Jaan_Tonisson_(Lasteleht), lk 482
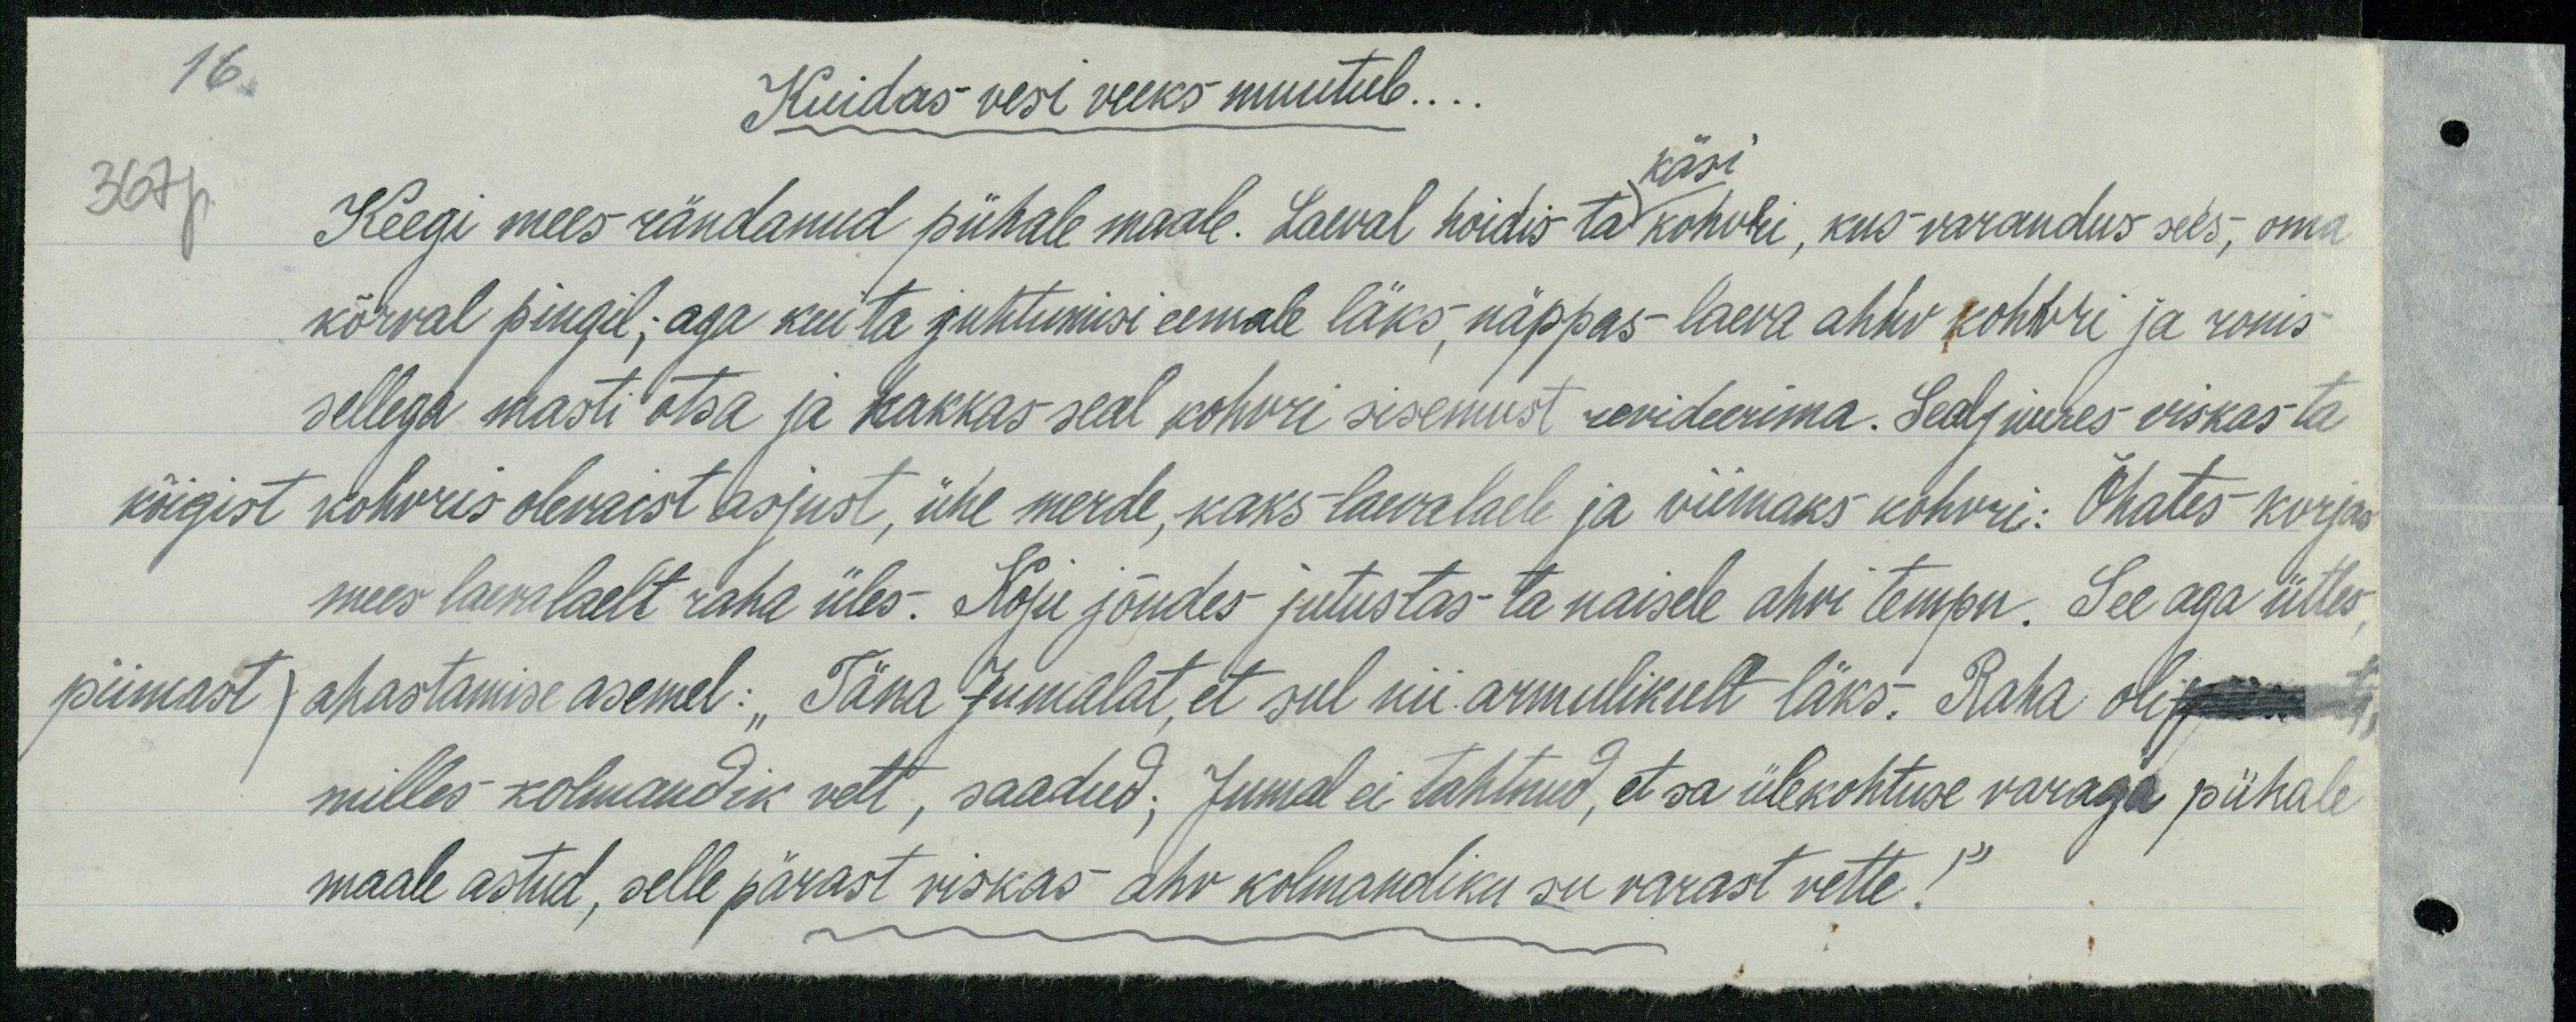
16.
Kuidas vesi veeks muutub...
käsi
367p
Keegi mees rändanud pühale maale. Laeval hoidis ta kohvri, kus varandus sees, oma
kõrval pingil; aga kui ta juhtumisi eemale läks, näppas- laeva ahhv kohvri ja ronis
sellega masti otsa ja hakkas seal kohvri sisemust revideerima. Sealjuures viskas ta
kõigist kohvris olevaist asjust, ühe merde, kaks laevalaele ja viimaks kohvri: Õhates korjas
mees laewalaelt raha üles. Koju jõudes jutustas ta naisele ahvi tempu. See aga ütles
piimast) ahastamise asemel: "Täna Jumalat, et sul nii armulikult läks! Raha oli
milles kolmandik vett, saadud. Jumal ei tahtnud, et sa ülekohtuse varaga pühale
maale astud, selle pärast viskas ahv kolmandiku su varast vette!"